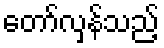
တော်လှန်သည့်